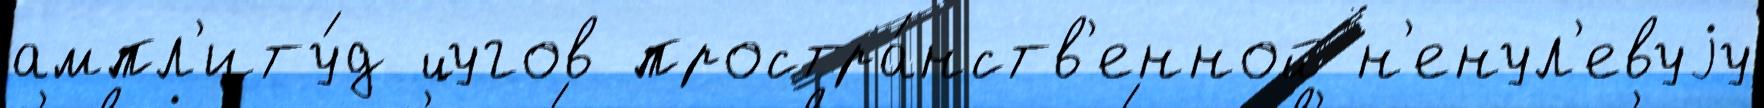
ампл'иту́д цугов простра́нств'енной н'енул'евуjу